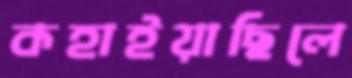
কহাইয়াছিলে